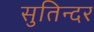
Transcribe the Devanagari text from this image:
सुतिन्दर